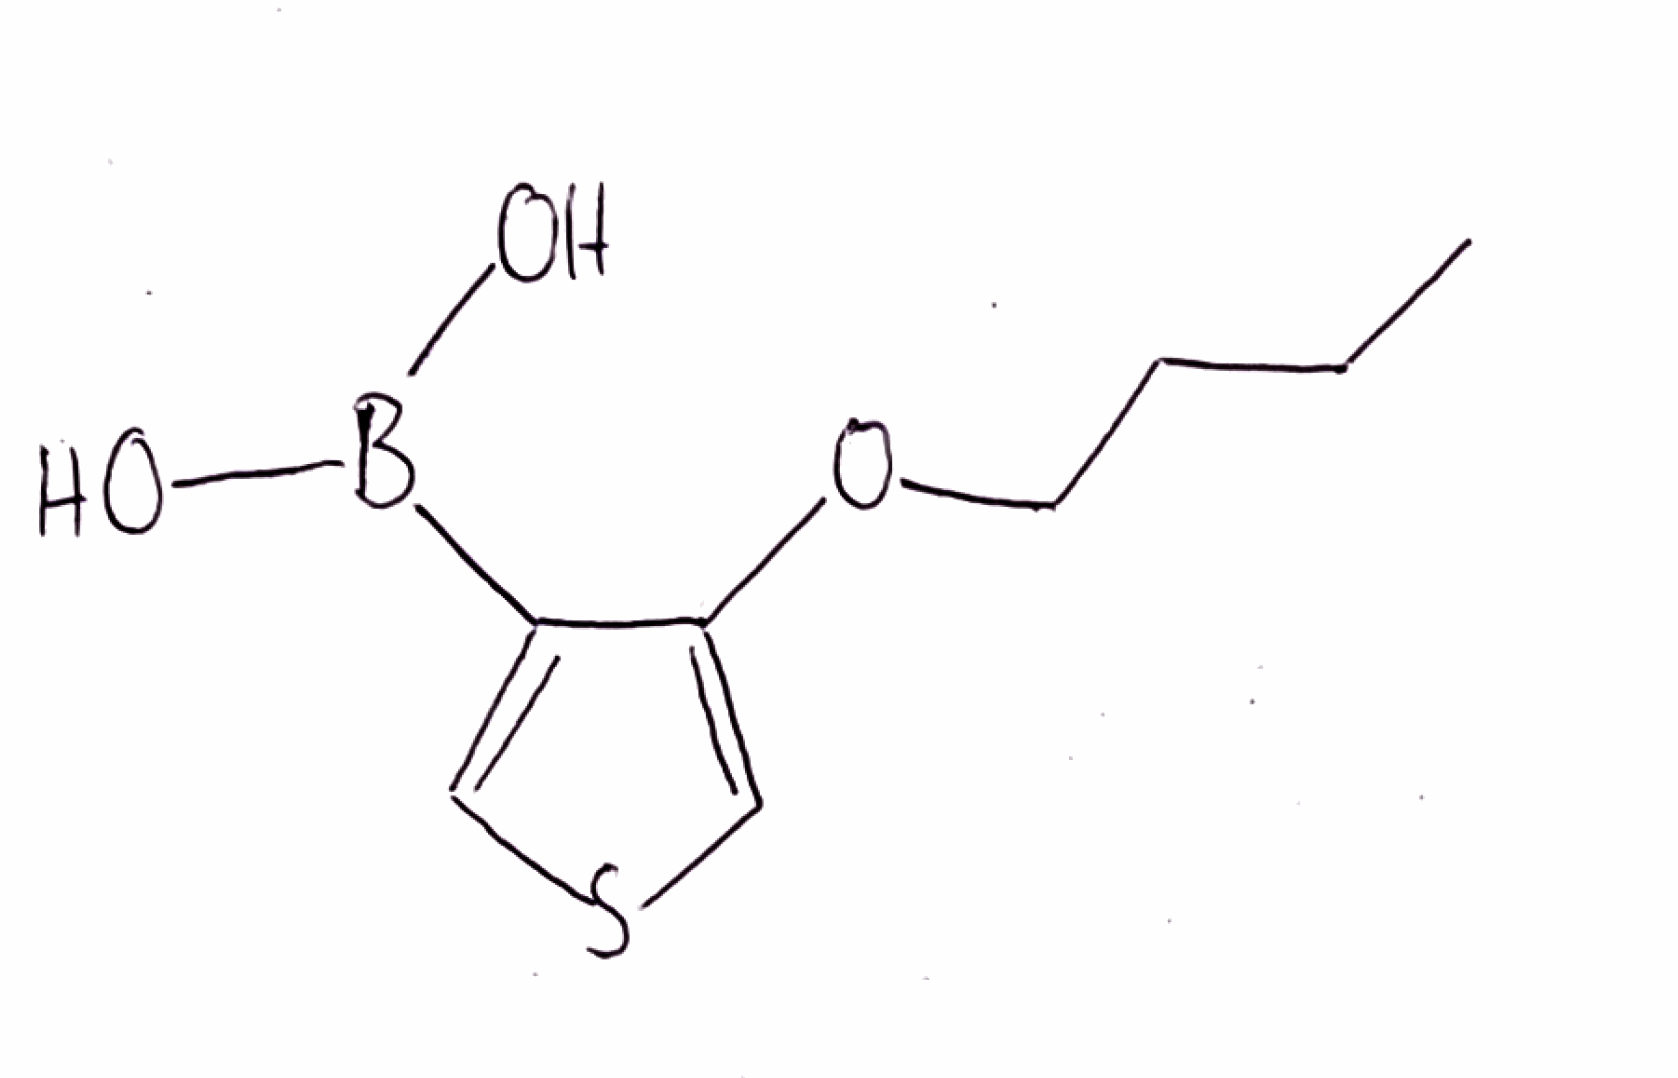
Simplified molecular-input line-entry system (SMILES) notation of the given molecule:
B(C1=CSC=C1OCCCC)(O)O